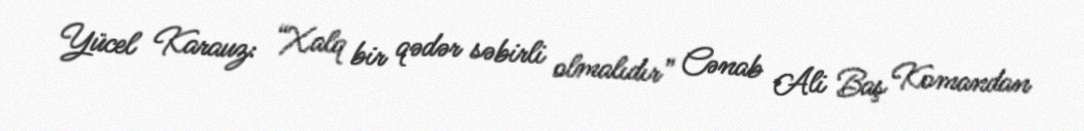
Yücel Karauz: “Xalq bir qədər səbirli olmalıdır” Cənab Ali Baş Komandan